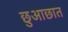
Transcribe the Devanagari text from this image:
छुआछात